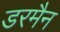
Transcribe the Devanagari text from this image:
डरमैन